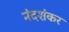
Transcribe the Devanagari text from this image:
नंदशंकर